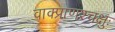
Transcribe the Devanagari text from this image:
वाक्प्राणश्चक्षुः